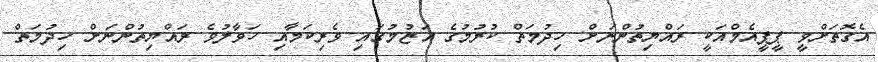
އެގޮތަށްވީ ޕީޕީއެމްއަކީ ރައްޔިތުންނަށް ހިދުމަތް ކުރުމުގެ އަޒުމުގައި ވެރިކަމާއި ހަވާލުވެ ރައްޔިތުންނަށް ހިދުމަތް